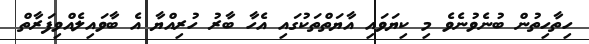
ހިތާހިތުން ބުނެވުނެވެ މި ކިޔަވައި އާޔަތްތަކުގައި އެހާ ބާރު ހުރިއްޔާ އެ ބާވައިލެއްވިފަރާތް